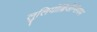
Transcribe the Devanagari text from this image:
लुलियोब्रिजेन्सियम